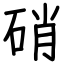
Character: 硝